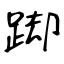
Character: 踋